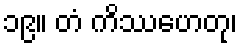
၁၉။ တံ ကိဿဟေတု၊